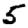
Digit: 5